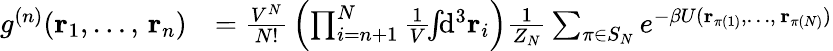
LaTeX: {\begin{array}{rl}{g^{(n)}(\mathbf{r}_{1},\ldots,\, \mathbf{r}_{n})}&{={\frac{V^{N}}{N!}}\left(\prod_{i=n+1}^{N}{\frac{1}{V}}\! \! \int\! \! \mathrm{d}^{3}\mathbf{r}_{i}\right){\frac{1}{Z_{N}}}\sum_{\pi\in S_{N}}e^{-\beta U(\mathbf{r}_{\pi(1)},\ldots,\, \mathbf{r}_{\pi(N)})}}\end{array}}